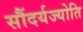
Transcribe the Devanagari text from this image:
सौंदर्यज्योति